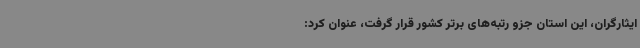
ایثارگران، این استان جزو رتبه‌های برتر کشور قرار گرفت، عنوان کرد: